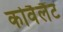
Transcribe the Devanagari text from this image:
कोवैलैंट